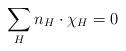
LaTeX: \begin{align*}\sum_{H}n_H\cdot \chi_H=0\end{align*}